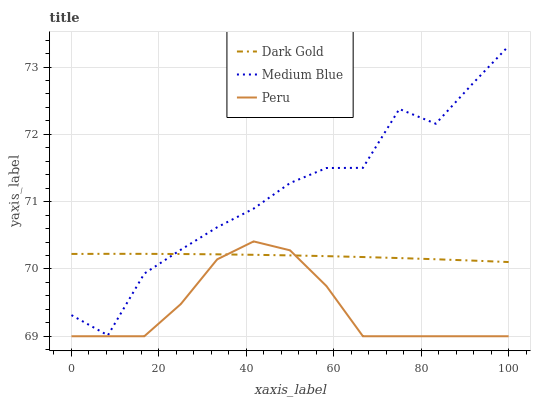
| xaxis_label | Dark Gold | Medium Blue | Peru |
 | --- | --- | --- | --- |
 | 0 | 70.2 | 69.3 | 69 |
 | 8.33 | 70.2 | 69 | 69 |
 | 16.7 | 70.2 | 69.9 | 69 |
 | 25 | 70.2 | 70.3 | 69.5 |
 | 33.3 | 70.2 | 70.6 | 70.1 |
 | 41.7 | 70.2 | 70.9 | 70.4 |
 | 50 | 70.2 | 71.3 | 70.3 |
 | 58.3 | 70.2 | 71.5 | 69.7 |
 | 66.7 | 70.2 | 71.5 | 69 |
 | 75 | 70.2 | 72.4 | 69 |
 | 83.3 | 70.1 | 72.2 | 69 |
 | 91.7 | 70.1 | 72.7 | 69 |
 | 100 | 70.1 | 73.3 | 69 |